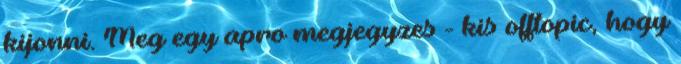
kijonni. Meg egy apro megjegyzes - kis offtopic, hogy